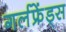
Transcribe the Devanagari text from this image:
गर्लफ्रेंड्स